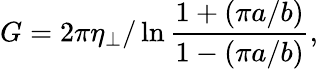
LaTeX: G=2\pi\eta_{\perp}/\ln\frac{1+(\pi a/b)}{1-(\pi a/b)},